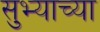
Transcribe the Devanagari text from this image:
सुभ्याच्या